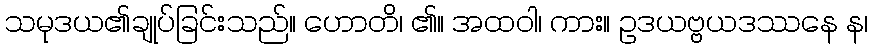
သမုဒယ၏ချုပ်ခြင်းသည်။ ဟောတိ၊ ၏။ အထဝါ၊ ကား။ ဥဒယဗ္ဗယဒဿနေ န၊